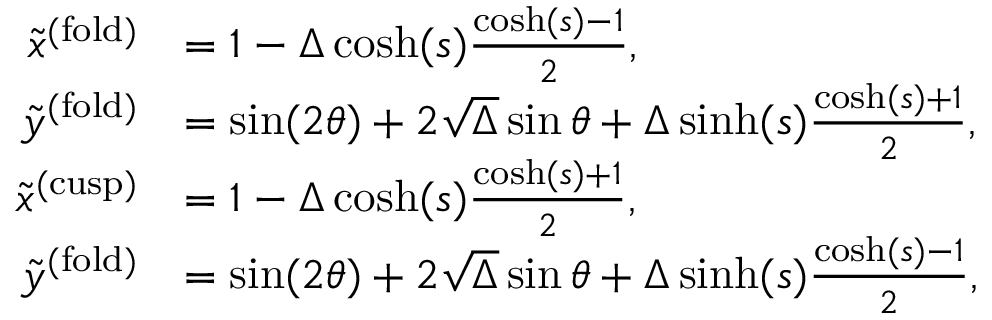
\begin{array} { r l } { \tilde { x } ^ { \mathrm { ( f o l d ) } } } & { = 1 - \Delta \cosh ( s ) \frac { \cosh ( s ) - 1 } { 2 } , } \\ { \tilde { y } ^ { \mathrm { ( f o l d ) } } } & { = \sin ( 2 \theta ) + 2 \sqrt { \Delta } \sin \theta + \Delta \sinh ( s ) \frac { \cosh ( s ) + 1 } { 2 } , } \\ { \tilde { x } ^ { \mathrm { ( c u s p ) } } } & { = 1 - \Delta \cosh ( s ) \frac { \cosh ( s ) + 1 } { 2 } , } \\ { \tilde { y } ^ { \mathrm { ( f o l d ) } } } & { = \sin ( 2 \theta ) + 2 \sqrt { \Delta } \sin \theta + \Delta \sinh ( s ) \frac { \cosh ( s ) - 1 } { 2 } , } \end{array}